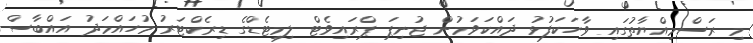
މި ރަސްމިއްޔާތުގައި ވާހަކަފުޅު ދައްކަވަމުން ޖުނިޕަ ޕްރައިވެޓް ލިމިޓެޑްގެ ޑިރެކްޓަރު މުހައްމަދު އައްބާސް